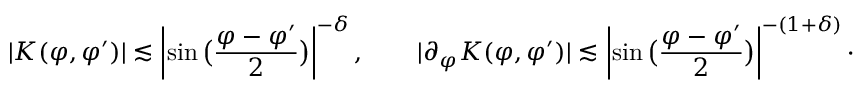
| K ( \varphi , \varphi ^ { \prime } ) | \lesssim \left| \sin \big ( \frac { \varphi - \varphi ^ { \prime } } { 2 } \big ) \right| ^ { - \delta } , \qquad | \partial _ { \varphi } K ( \varphi , \varphi ^ { \prime } ) | \lesssim \left| \sin \big ( \frac { \varphi - \varphi ^ { \prime } } { 2 } \big ) \right| ^ { - ( 1 + \delta ) } \cdot